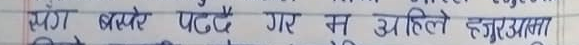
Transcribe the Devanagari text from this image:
स्वर्ग बस्दै पटदै गए म अहिले हजुरात्मा